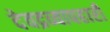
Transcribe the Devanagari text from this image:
देवद्रव्यापहारी